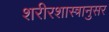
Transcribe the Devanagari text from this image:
शरीरशास्त्रानुसर